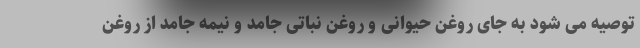
توصیه می شود به جای روغن حیوانی و روغن نباتی جامد و نیمه جامد از روغن